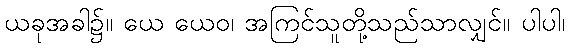
ယခုအခါ၌။ ယေ ယေဝ၊ အကြင်သူတို့သည်သာလျှင်။ ပါပါ၊